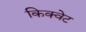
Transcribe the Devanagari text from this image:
किक्वेट